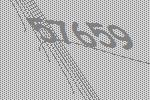
57659